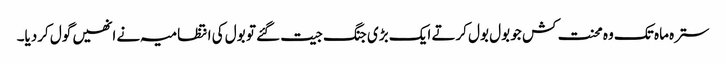
سترہ ماہ تک وہ محنت کش جو بول بول کرتے ایک بڑی جنگ جیت گئے تو بول کی انتظامیہ نے انھیں گول کردیا۔